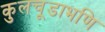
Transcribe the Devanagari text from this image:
कुलचूडाभणि